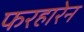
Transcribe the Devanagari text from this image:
फरहारेन